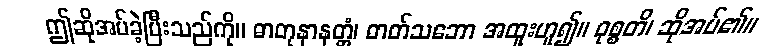
ဤဆိုအပ်ခဲ့ပြီးသည်ကို။ ဓာတုနာနတ္တံ၊ ဓာတ်သဘော အထူးဟူ၍။ ဝုစ္စတိ၊ ဆိုအပ်၏။